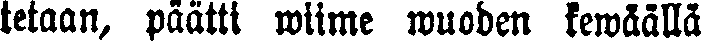
tetaan, päätti wiime wuoden kewäällä